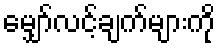
မျှော်လင့်ချက်များကို